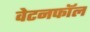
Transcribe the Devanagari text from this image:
वेटनफॉल